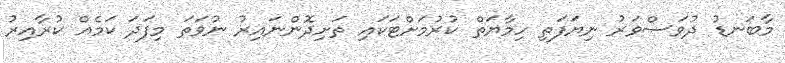
މާބަނޑު ދުވަސްވަރު ނިޔަފަތި ހިމާޔަތް ކުރުމަށްޓަކައި ތަށިދޮންނައިރު ނުވަތަ މިފަދަ ކަމެއް ކުރާއިރު